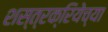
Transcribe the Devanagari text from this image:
शस्त्रक्रियेच्या